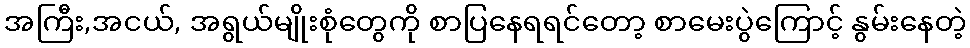
အကြီး,အငယ်, အရွယ်မျိုးစုံတွေကို စာပြနေရရင်တော့ စာမေးပွဲကြောင့် နွမ်းနေတဲ့